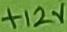
Text: +12V